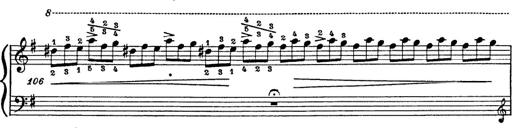
Title: 6 Polish Songs
Composer: Franz Liszt